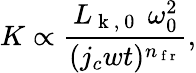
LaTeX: K\propto\frac{L_{\mathrm{~k~,~0~}}~\omega_{0}^{2}}{(j_{c}wt)^{n_{\mathrm{~f~r~}}}},